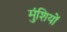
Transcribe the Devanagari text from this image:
मुंशियों